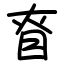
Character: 眘